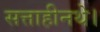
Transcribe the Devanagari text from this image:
सत्ताहीनथे।